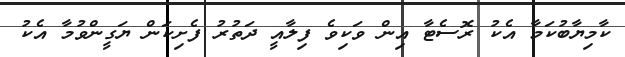
ކާމިޔާބުކަމާ އެކު ރޮސެޓާ އިން ވަކިވެ ފިލާއީ ދަތުރު ފެށިކަން ޔަގީންވުމާ އެކު